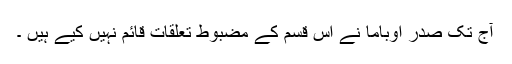
آج تک صدر اوباما نے اس قسم کے مضبوط تعلقات قائم نہیں کیے ہیں ۔